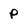
Character: P